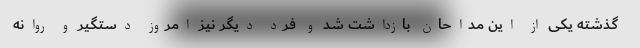
گذشته یکی از این مداحان بازداشت شد و فرد دیگر نیز امروز دستگیر و روانه